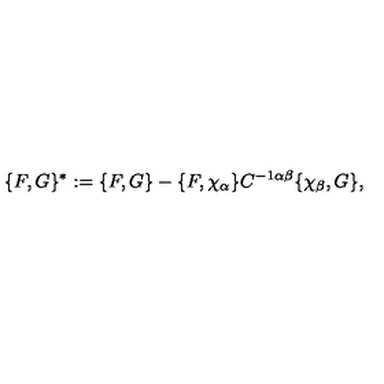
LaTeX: \{ F , G \} ^ { * } : = \{ F , G \} - \{ F , \chi _ { \alpha } \} C ^ { - 1 \alpha \beta } \{ \chi _ { \beta } , G \} ,